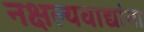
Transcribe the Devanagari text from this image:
नक्षल्यवाद्यांना